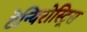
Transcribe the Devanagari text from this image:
टेन्यिरोस्ट्रिस